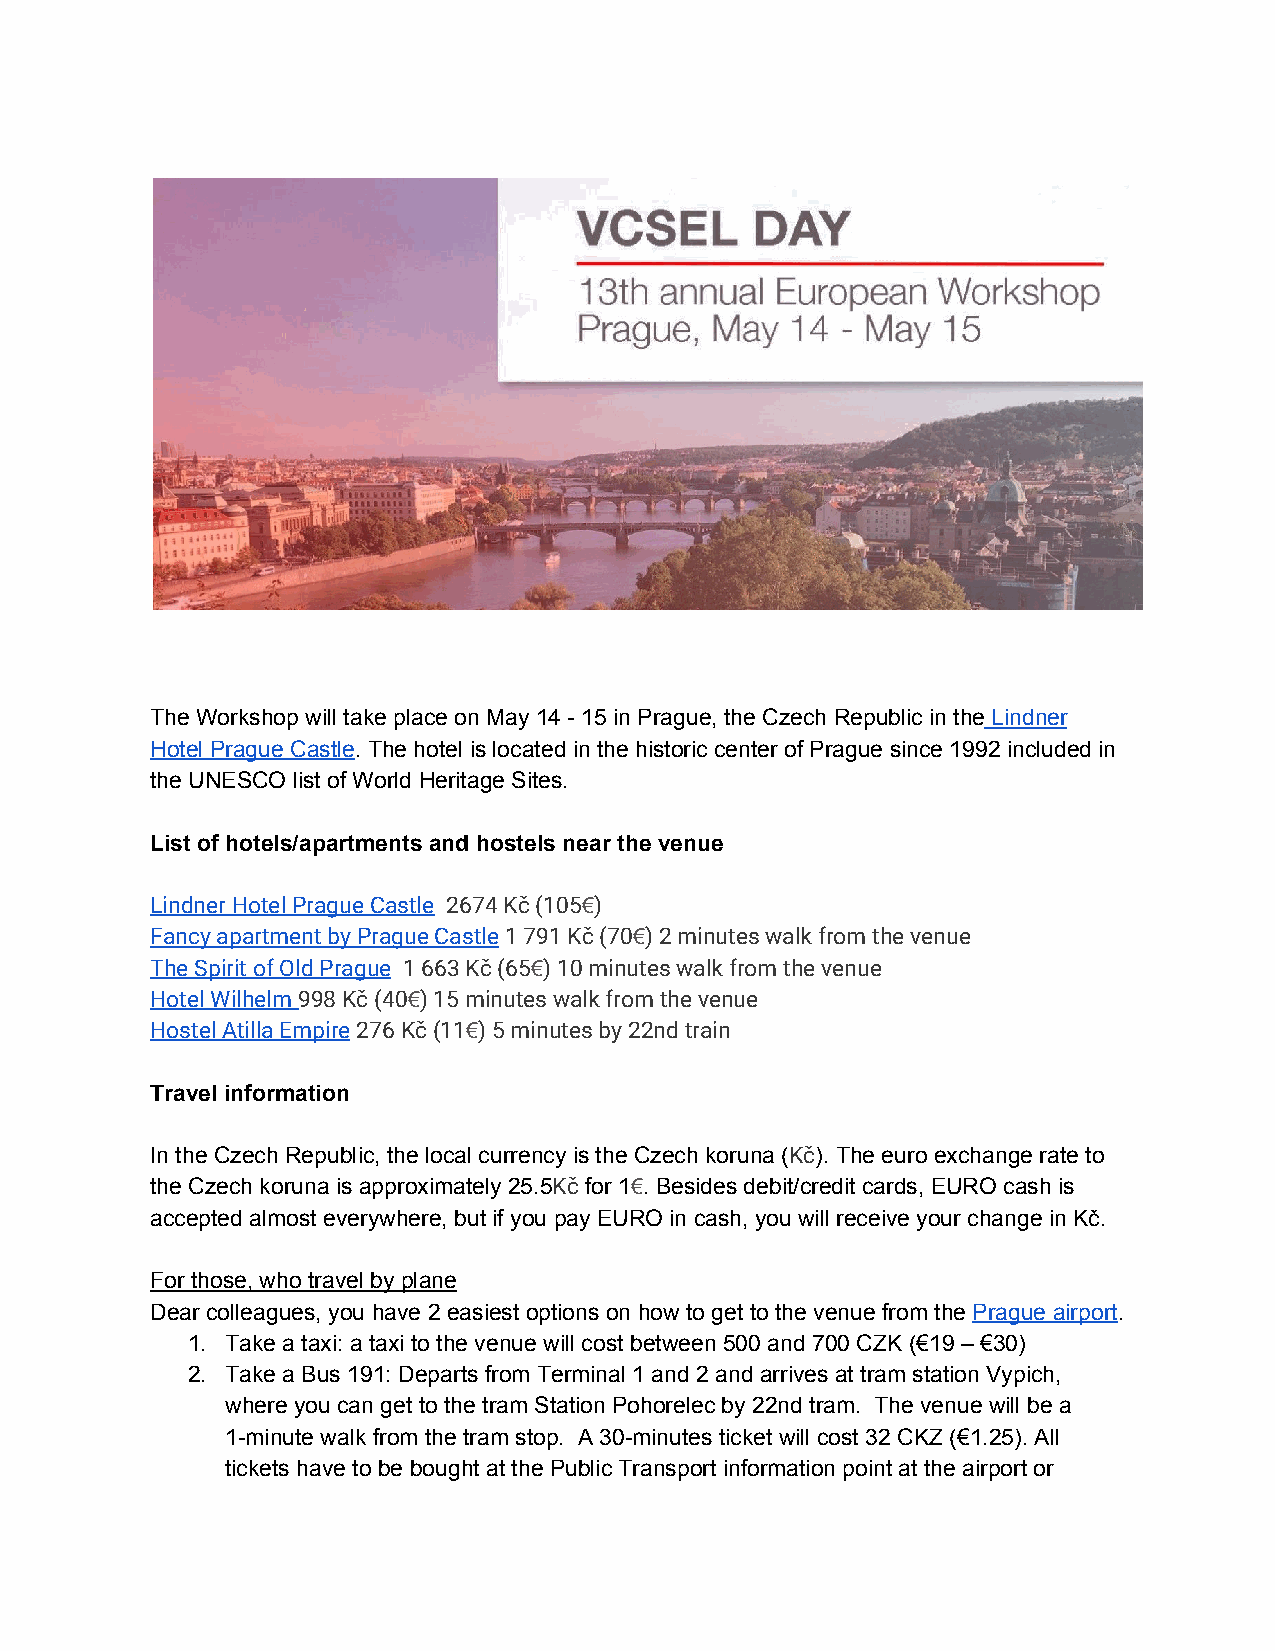
The Workshop will take place on May 14 - 15 in Prague, the Czech Republic in the Lindner
 ​
 Hotel Prague Castle. The hotel is located in the historic center of Prague since 1992 included in
 ​
 the UNESCO list of World Heritage Sites.
 List of hotels/apartments and hostels near the venue
 Lindner Hotel Prague Castle ​​ 2674 Kč (105​€)
 ​        ​
 Fancy apartment by Prague Castle ​1 791 Kč (70​€) 2 minutes walk from the venue
 ​
 The Spirit of Old Prague ​ 1 663 Kč (65​€) 10 minutes walk from the venue
 ​
 Hotel Wilhelm ​998 Kč (40​€) 15 minutes walk from the venue
 ​
 Hostel Atilla Empire​ 276 Kč (11​€) 5 minutes by 22nd train
 ​
 Travel information
 In the Czech Republic, the local currency is the Czech koruna (Kč)​ . The euro exchange rate to
 ​
 the Czech koruna is approximately 25.5Kč ​ for 1€. Besides debit/credit cards, EURO cash is
 ​    ​ ​
 accepted almost everywhere, but if you pay EURO in cash, you will receive your change in Kč.
 For those, who travel by plane
 Dear colleagues, you have 2 easiest options on how to get to the venue from the Prague airport.
 ​         ​
 1. Take a taxi: a taxi to the venue will cost between 500 and 700 CZK (€19 – €30)
 2. Take a Bus 191: Departs from Terminal 1 and 2 and arrives at tram station Vypich,
 where you can get to the tram Station Pohorelec by 22nd tram. The venue will be a
 1-minute walk from the tram stop. A 30-minutes ticket will cost 32 CKZ (€1.25). All
 tickets have to be bought at the Public Transport information point at the airport or